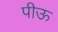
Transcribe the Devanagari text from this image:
पीऊ